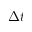
\Delta { t }